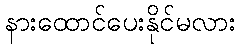
နားထောင်ပေးနိုင်မလား